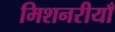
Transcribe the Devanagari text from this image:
मिशनरीयाँ